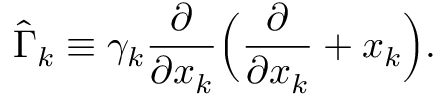
\hat { \Gamma } _ { k } \equiv \gamma _ { k } \frac { \partial } { \partial { x _ { k } } } \Big ( \frac { \partial } { \partial { x _ { k } } } + x _ { k } \Big ) .